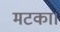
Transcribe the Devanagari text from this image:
मटका।